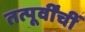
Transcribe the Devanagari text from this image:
तत्पूर्वींचीं